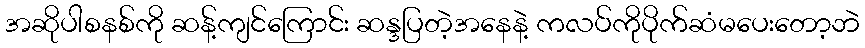
အဆိုပါစနစ်ကို ဆန့်ကျင်ကြောင်း ဆန္ဒပြတဲ့အနေနဲ့ ကလပ်ကိုပိုက်ဆံမပေးတော့ဘဲ